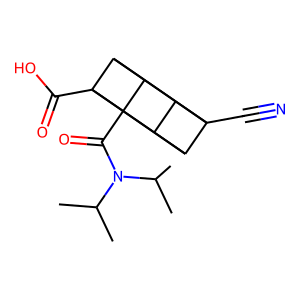
SMILES: CC(C)N(C(=O)C12C3C4C1C1C4(C#N)C3C12C(=O)O)C(C)C
Inhibits HIV replication: No